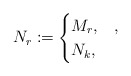
\begin{align*}N_r\coloneqq \begin{cases}M_r,&,\\N_k,&\end{cases}\end{align*}